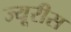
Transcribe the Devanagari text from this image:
ज्यूरीस